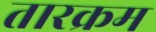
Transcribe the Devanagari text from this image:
तारक्रम